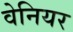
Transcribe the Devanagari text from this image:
वेनियर